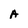
Character: A